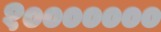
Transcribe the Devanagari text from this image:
१०००००००